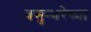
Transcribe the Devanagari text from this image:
वसुन्धरेच्या